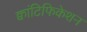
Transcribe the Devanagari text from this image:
क्वांटिफिकेशन